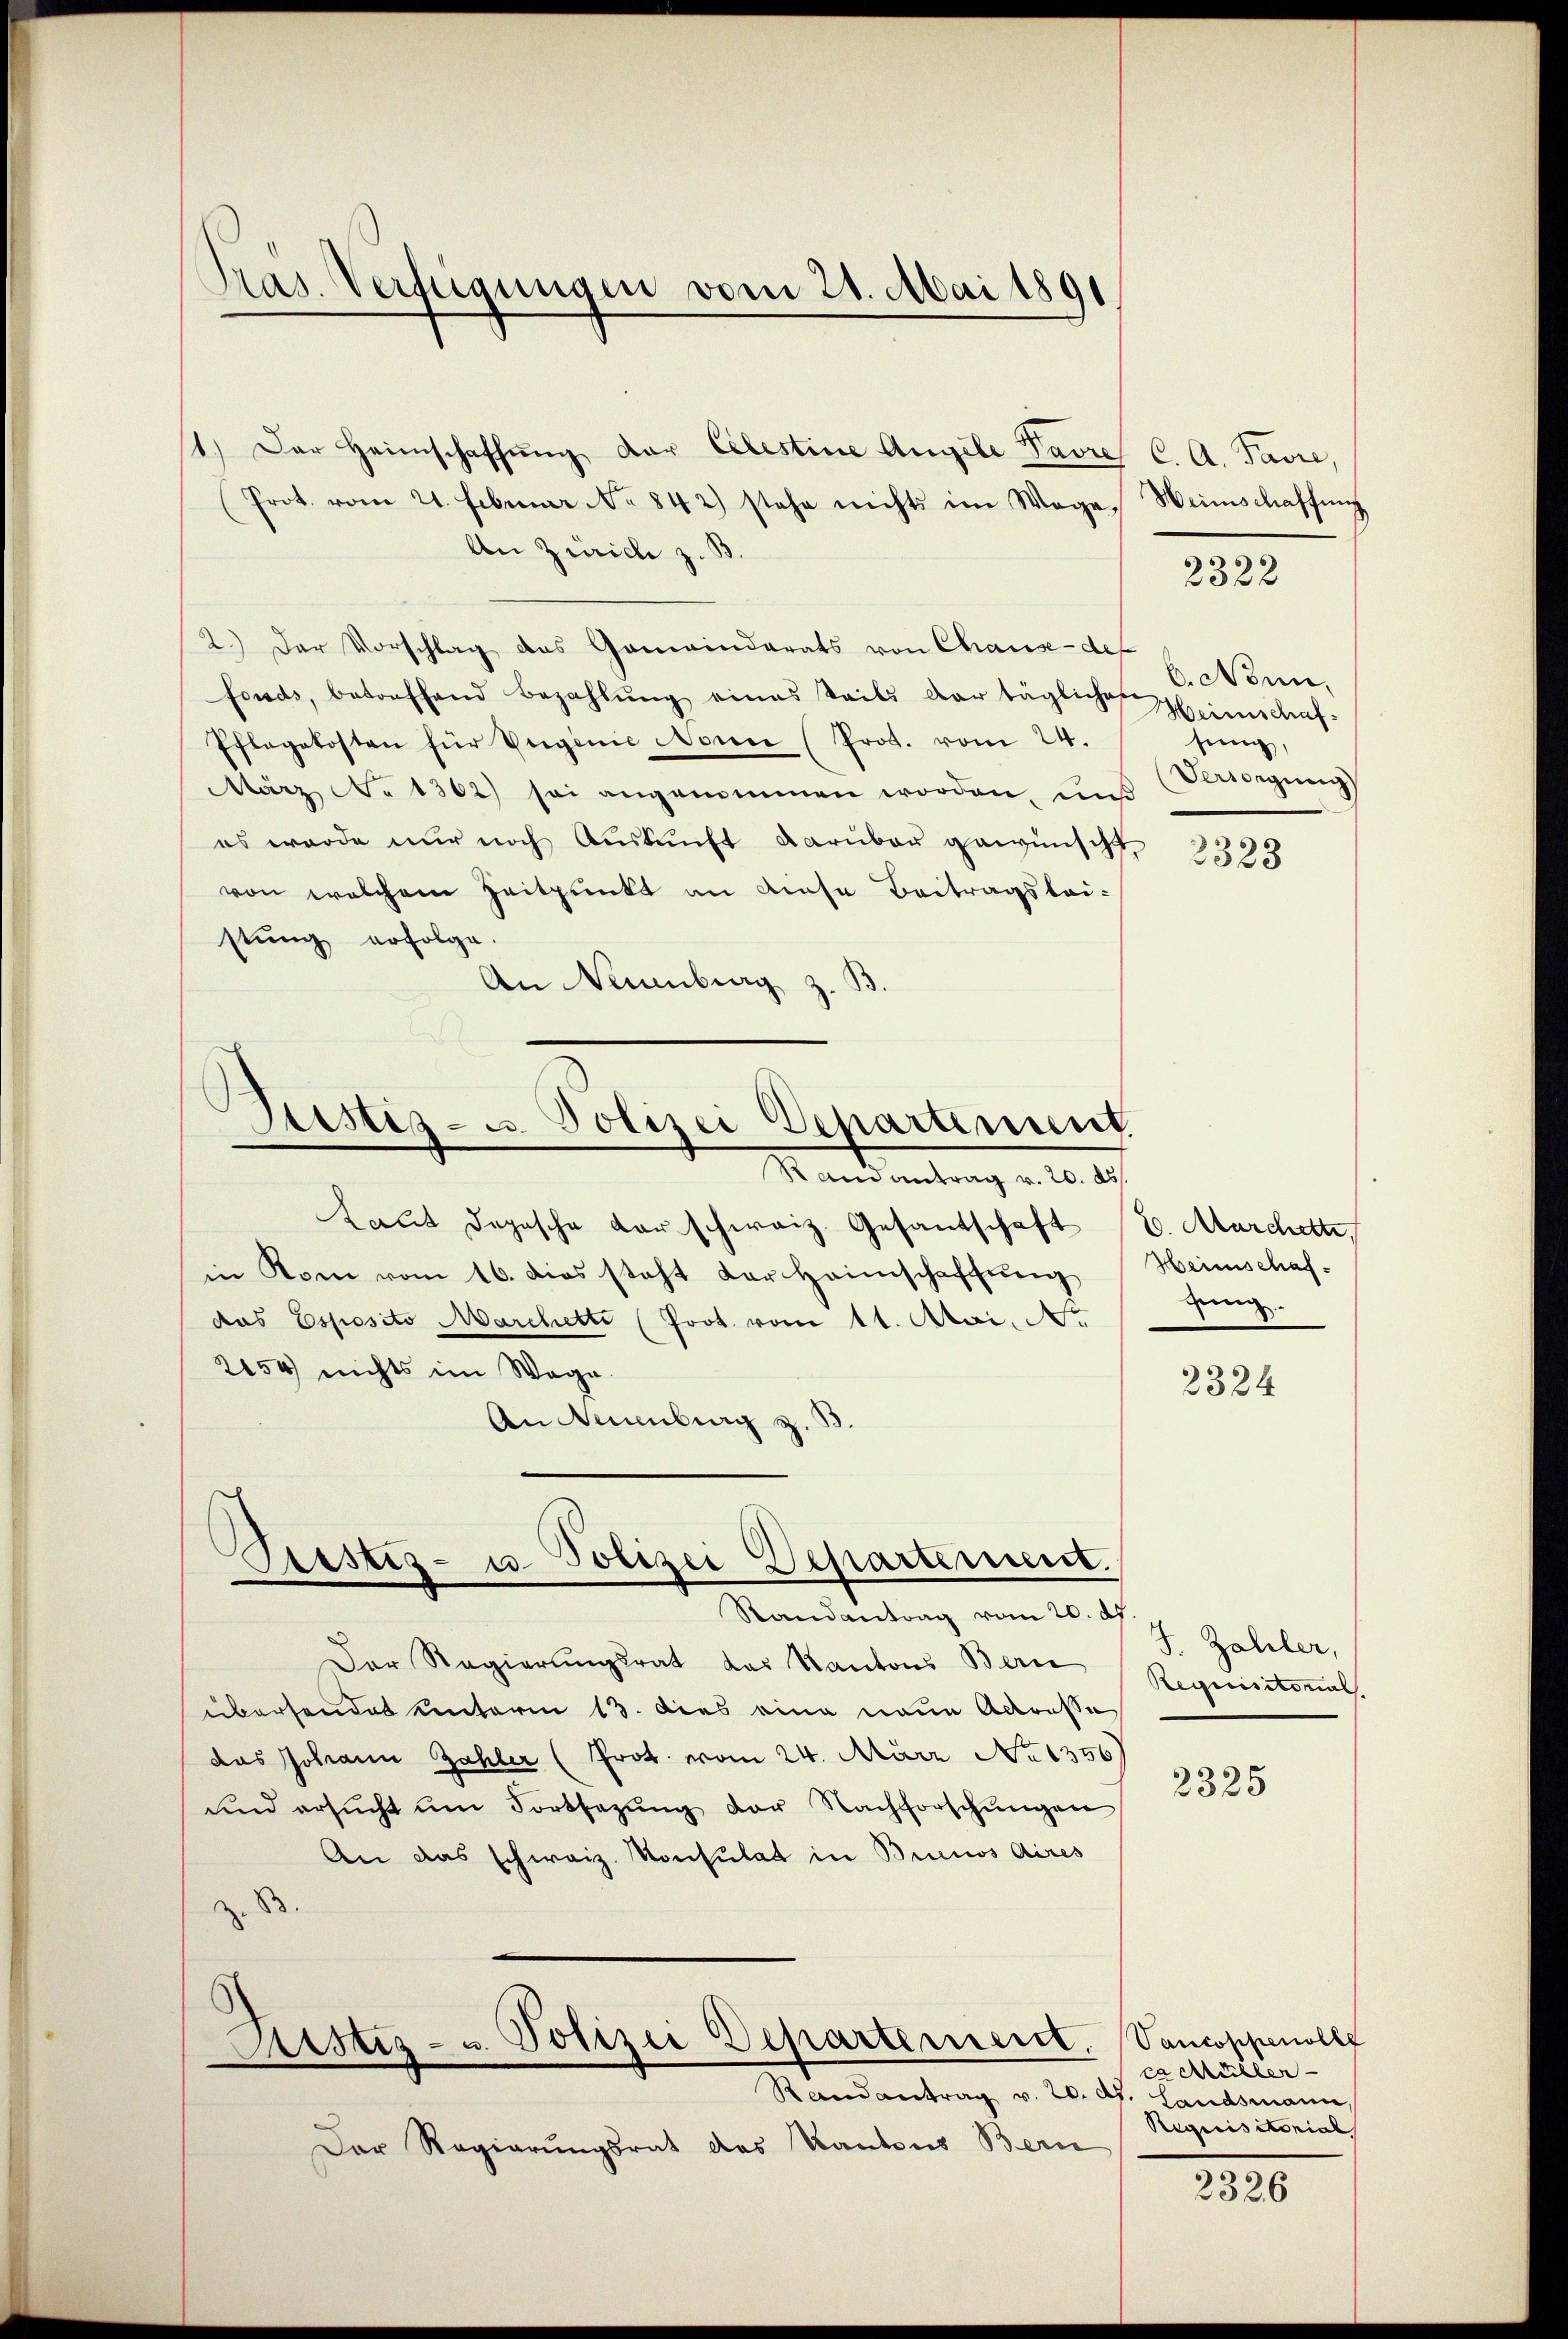
Pras. Verfügungen vom 21. Mai 1891

1.) Der Heimschaffŭng der Celestine Angele Pavre C. A. Favre,
Prot. vom 21. Februar No 842) stehe nichts im Wege Weinschaffŭng
An Zürich z. B
2.) Der Vorschlag das Gemeinderats von Chause def
fonds, betreffend bezahlŭng eines Teils der tägliche Heimschaf
Pflegetosten für Verginie Nonne (Prot. vom 24.
März No 1362) sei angenommen worden, und
es wurde nur noch Auskunft darüber gewünscht
von welchem Zeitpunkt an diese Beitragstei-
stung erfolge.
An Naumburg z.
Sistiz- u. Polizei Departement

Randantrag v. 20. ds.
Laut dopische darschweiz. Gesandschaft (l. Marchette
in Rom vom 16. dies steht der Heimschaffung
das Esposito Marchetti (Prot vom 11. Mai d.
2154 nichts im Wage
An Neuenburg z.
Der Regierungsrat das Kantons Bern
übersendet unterm 13. dies eine neue Adresse
das Johann Zahler (Prot. vom 24. März No 1356
und ersŭcht ŭm Fortsetzŭng der Nachforschŭngen
An das schweiz. Konsulat in Buenos Aires
z. B.

Pristiz- u. Polizei Departement.
Randantrag vom 20. d.

Astiz- u. Polizei Departement, Vancoppenollt
Randantrag v. 20. dh. Landsmann

Der Regierungsrat des Kantons Bern

2322

b. Nonn,
fung,
Versorgung

2323

Heimschaf
zung.

2324

J. Zahler,
Requisitorial.

2325

ca Müller
Requisitorial

2326